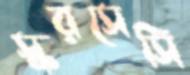
স্করসেসি